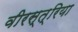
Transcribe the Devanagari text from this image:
वीरस्त्रिया